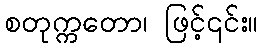
စတုက္ကတော၊ ဖြင့်၎င်း။